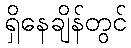
ရှိနေချိန်တွင်